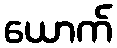
ယောက်